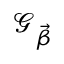
\mathcal { G _ { \Vec { \beta } } }